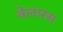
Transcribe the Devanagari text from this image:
बेलारस